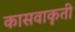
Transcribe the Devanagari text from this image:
कासवाकृती